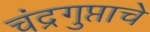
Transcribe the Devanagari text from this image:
चंद्रगुप्ताचे